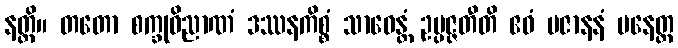
နတ္ထိ။ တတော စက္ခုဝိညာဏံ ဒဿနကိစ္စံ သာဓေန္တံ ဥပ္ပဇ္ဇတီတိ ဧဝံ ပဇာနနံ ပနေတ္ထ